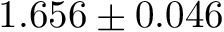
1 . 6 5 6 \pm 0 . 0 4 6